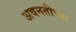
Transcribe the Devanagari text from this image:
अवनतीच्या